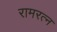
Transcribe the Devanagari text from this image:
रामरत्‍न